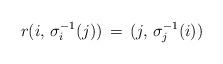
LaTeX: \begin{align*}r(i,\,\sigma_i^{-1}(j))\,=\,(j,\,\sigma_j^{-1}(i))\end{align*}